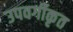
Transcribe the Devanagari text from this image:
उपवर्गीकृत